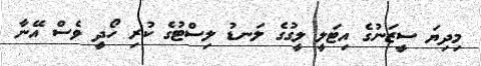
މިދިޔަ ސީޒަނުގެ އިޓަލީ ލީގުގެ ލަނޑު ލިސްޓުގެ ކުރި ހޯދީ ވެސް އޭނާ